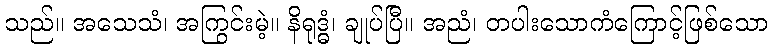
သည်။ အသေသံ၊ အကြွင်းမဲ့။ နိရုဒ္ဓံ၊ ချုပ်ပြီ။ အညံ၊ တပါးသောကံကြောင့်ဖြစ်သော